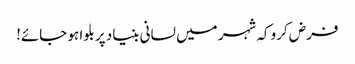
فرض کرو کہ شہر میں لسانی بنیاد پر بلوا ہو جائے!